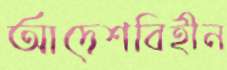
আদেশবিহীন